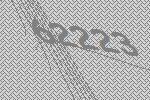
62223